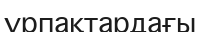
ұрпақтардағы